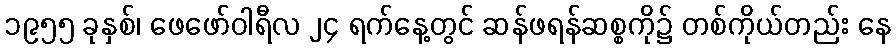
၁၉၅၅ ခုနှစ်၊ ဖေဖော်ဝါရီလ ၂၄ ရက်နေ့တွင် ဆန်ဖရန်ဆစ္စကို၌ တစ်ကိုယ်တည်း နေ